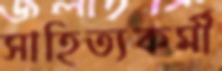
সাহিত্যকর্মী